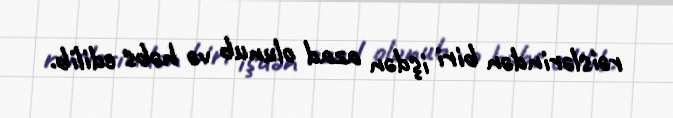
rəislərindən biri işdən azad olunub və həbs edilib.